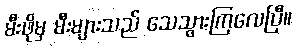
မီးဖိုမှ မီးများသည် သေသွားကြလေပြီ။